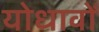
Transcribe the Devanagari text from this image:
योधावों